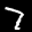
Label: 7